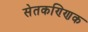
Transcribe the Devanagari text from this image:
सेतकण्णिक